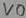
Text: VO